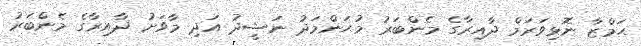
ޙަމްޒާ ނޮޅިވަރަމް ދާއިރާގެ މެންބަރު މުޙަންމަދު ނަޝީދު އަދި މާވަށު ދާއިރާގެ މެންބަރު